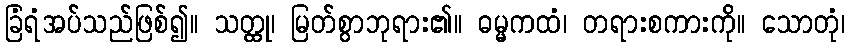
ခြံရံအပ်သည်ဖြစ်၍။ သတ္ထု၊ မြတ်စွာဘုရား၏။ ဓမ္မကထံ၊ တရားစကားကို။ သောတုံ၊